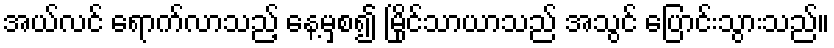
အယ်လင် ရောက်လာသည့် နေ့မှစ၍ မြိုင်သာယာသည် အသွင် ပြောင်းသွားသည်။